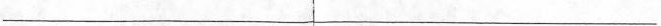
___